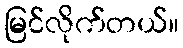
မြင်လိုက်တယ်။